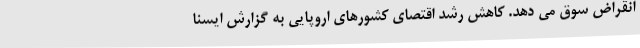
انقراض سوق می دهد. کاهش رشد اقتصای کشورهای اروپایی به گزارش ایسنا